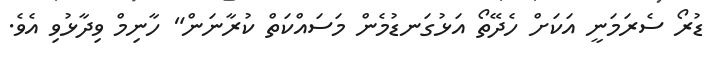
ޑުރޯ ސެރަމަނީ އަކަށް ހެދޭތޯ އަޅުގަނޑުމެން މަސައްކަތް ކުރާނަން" ހާނިމް ވިދާޅުވި އެވެ.